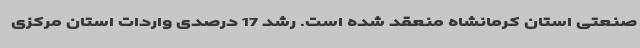
صنعتی استان کرمانشاه منعقد شده است. رشد 17 درصدی واردات استان مرکزی